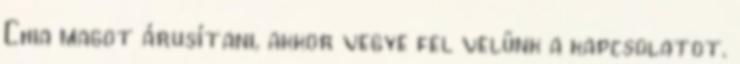
Chia magot árusítani, akkor vegye fel velünk a kapcsolatot.